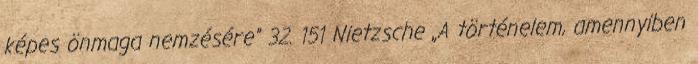
képes önmaga nemzésére” 32. 151 Nietzsche „A történelem, amennyiben